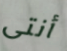
أنتى